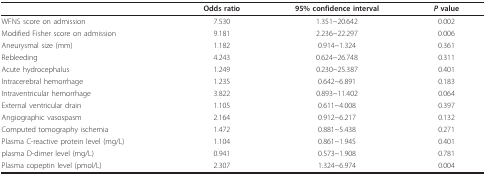
<table><thead><tr><td></td><td><b>Odds ratio</b></td><td><b>95% confidence interval</b></td><td><b><i>P </i>value</b></td></tr></thead><tbody><tr><td>WFNS score on admission</td><td>7.530</td><td>1.351~20.642</td><td>0.002</td></tr><tr><td>Modified Fisher score on admission</td><td>9.181</td><td>2.236~22.297</td><td>0.006</td></tr><tr><td>Aneurysmal size (mm)</td><td>1.182</td><td>0.914~1.324</td><td>0.361</td></tr><tr><td>Rebleeding</td><td>4.243</td><td>0.624~26.748</td><td>0.311</td></tr><tr><td>Acute hydrocephalus</td><td>1.249</td><td>0.230~25.387</td><td>0.401</td></tr><tr><td>Intracerebral hemorrhage</td><td>1.235</td><td>0.642~6.891</td><td>0.183</td></tr><tr><td>Intraventricular hemorrhage</td><td>3.822</td><td>0.893~11.402</td><td>0.064</td></tr><tr><td>External ventricular drain</td><td>1.105</td><td>0.611~4.008</td><td>0.397</td></tr><tr><td>Angiographic vasospasm</td><td>2.164</td><td>0.912~6.217</td><td>0.132</td></tr><tr><td>Computed tomography ischemia</td><td>1.472</td><td>0.881~5.438</td><td>0.271</td></tr><tr><td>Plasma C-reactive protein level (mg/L)</td><td>1.104</td><td>0.861~1.945</td><td>0.401</td></tr><tr><td>plasma D-dimer level (mg/L)</td><td>0.941</td><td>0.573~1.908</td><td>0.781</td></tr><tr><td>Plasma copeptin level (pmol/L)</td><td>2.307</td><td>1.324~6.974</td><td>0.004</td></tr></tbody></table>